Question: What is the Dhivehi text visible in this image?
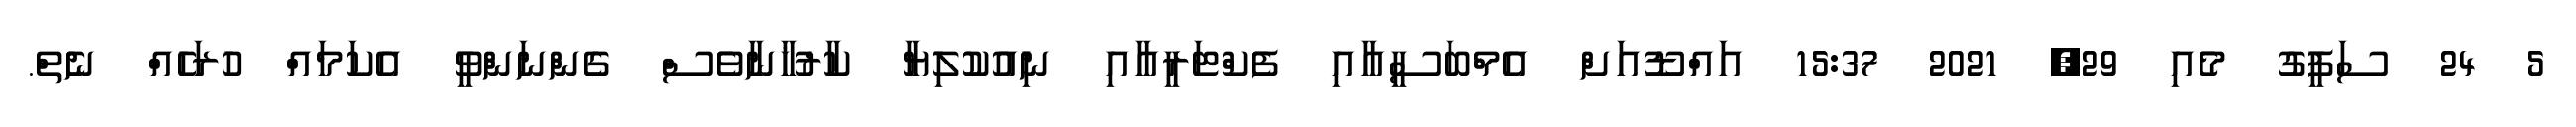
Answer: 5 24 ސަފީގު މެއި 29, 2021 15:37 އައްޑޫއަށް އެމްބަސީއާއި ފެކްޓަރީއާއި ނިއުކުލިޔާ ކާރުޚާނާވެސް ގެންނަންވީ އެކަމައް ހުރަހެއް ނެތް.